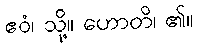
ဧဝံ၊ သို့။ ဟောတိ၊ ၏။